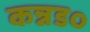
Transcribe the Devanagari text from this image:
कन्नड०